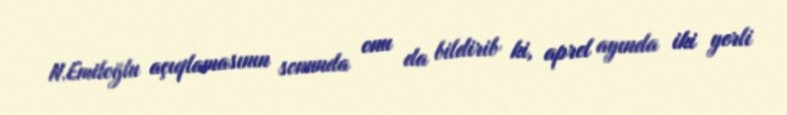
N.Emiloğlu açıqlamasının sonunda onu da bildirib ki, aprel ayında iki yerli